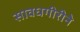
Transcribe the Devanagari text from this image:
सावधगीरीने